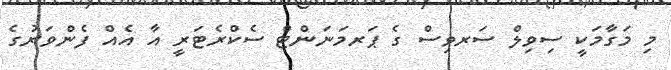
މި މަގާމަކީ ސިވިލް ސަރވިސް ގެ ޕަރމަނަންޓް ސެކްރެޓަރީ އާ އެއް ފެންވަރުގެ